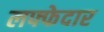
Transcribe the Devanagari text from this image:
लफ्फेदार